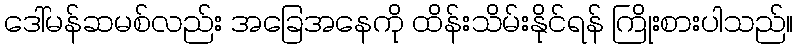
ဒေါ်မန်ဆမစ်လည်း အခြေအနေကို ထိန်းသိမ်းနိုင်ရန် ကြိုးစားပါသည်။